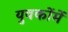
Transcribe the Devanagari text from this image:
युवकोंमें